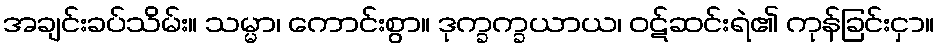
အချင်းခပ်သိမ်း။ သမ္မာ၊ ကောင်းစွာ။ ဒုက္ခက္ခယာယ၊ ဝဋ်ဆင်းရဲ၏ ကုန်ခြင်းငှာ။